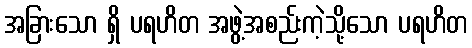
အခြားသော ရှိ ပရဟိတ အဖွဲ့အစည်းကဲ့သို့သော ပရဟိတ